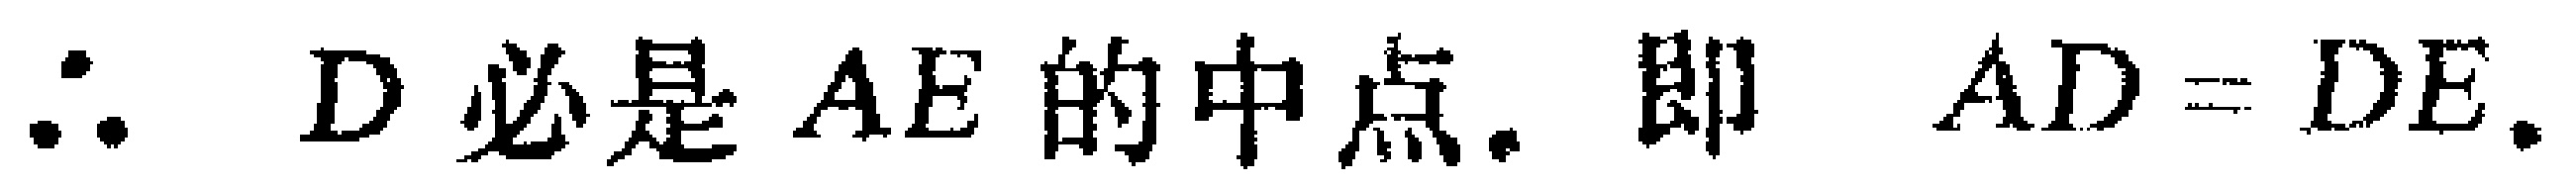
$\therefore D$ 必是 $AE$ 的中点. 即 $AD = DE.$